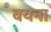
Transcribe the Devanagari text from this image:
बयना